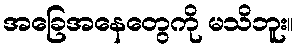
အခြေအနေတွေကို မသိဘူး။